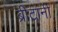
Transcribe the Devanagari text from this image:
ब्रीटानी